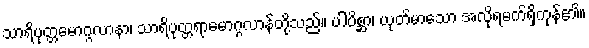
သာရိပုတ္တမောဂ္ဂလာနာ၊ သာရိပုတ္တရာမောဂ္ဂလာန်တို့သည်။ ပါပိစ္ဆာ၊ ယုတ်မာသော အလိုရမက်ရှိကုန်၏။